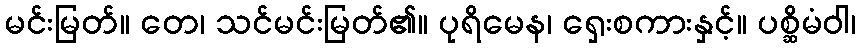
မင်းမြတ်။ တေ၊ သင်မင်းမြတ်၏။ ပုရိမေန၊ ရှေးစကားနှင့်။ ပစ္ဆိမံဝါ၊